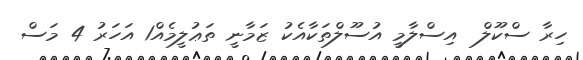
ހިރާ ސްކޫލް  އިސްލާމީ އުސޫލްތަކާއެކު ޒަމާނީ ތަޢުލީމެއް1 އަހަރު 4 މަސް